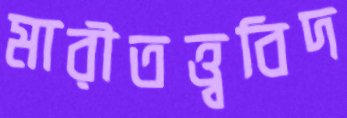
মারীতত্ত্ববিদ